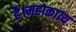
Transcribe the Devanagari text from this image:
हैं।महाकाव्य